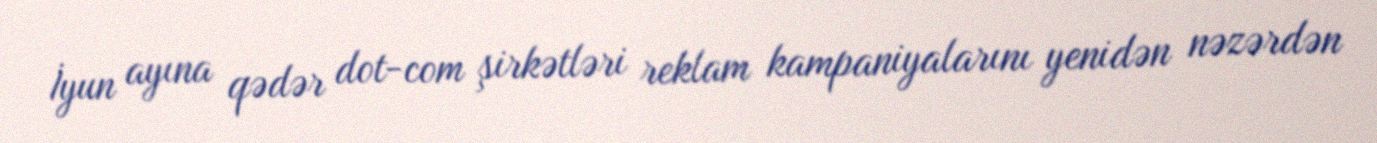
İyun ayına qədər dot-com şirkətləri reklam kampaniyalarını yenidən nəzərdən